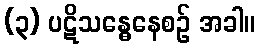
(၃) ပဋိသန္ဓေနေစဉ် အခါ။